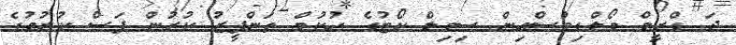
ދަ ޑްރީމް މޯލްޑިވްސްއިން ސިވިލް ކޯޓުގެ ހުކުމް ތަންފީޒު ކުރުން ފަސް ކުރުމުގެ